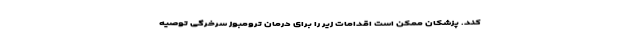
کند. پزشکان ممکن است اقدامات زیر را برای درمان ترومبوز سرخرگی توصیه